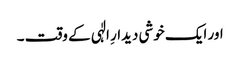
اور ایک خوشی دیدارِ الٰہی کے وقت ۔